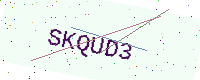
Text: SKQUD3